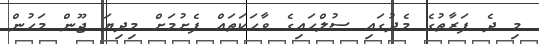
މި ދެ ފަރާތުގެ މެދުގައި ސުލްހައިގެ ވާހަކަތައް ފެށުމަށް މިދިޔަ ޖޫން މަހުން